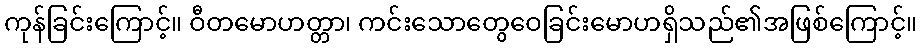
ကုန်ခြင်းကြောင့်။ ဝီတမောဟတ္တာ၊ ကင်းသောတွေဝေခြင်းမောဟရှိသည်၏အဖြစ်ကြောင့်။